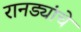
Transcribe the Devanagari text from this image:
रानड्यांचे